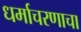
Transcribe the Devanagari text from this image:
धर्माचरणाचा